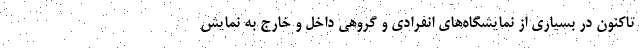
تاکنون در بسیاری از نمایشگاه‌های انفرادی و گروهی داخل و خارج به نمایش